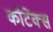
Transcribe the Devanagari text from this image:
कॉटेंक्स